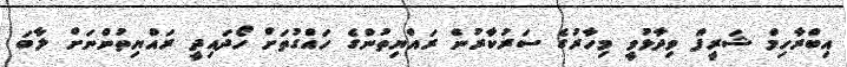
އިބްރާހިމް ޝަރީފް ވިދާޅުވީ މިހާރުގެ ސަރުކާރުން ރައްޔިތުންގެ ހައްގުތަށް ހޯދައިދީ ރައްޔިތުންނަށް ލާބަ